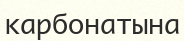
карбонатына